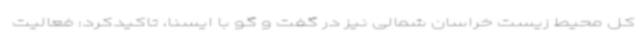
کل محیط زیست خراسان شمالی نیز در گفت و گو با ایسنا، تاکیدکرد: فعالیت